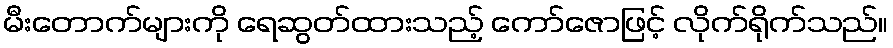
မီးတောက်များကို ရေဆွတ်ထားသည့် ကော်ဇောဖြင့် လိုက်ရိုက်သည်။